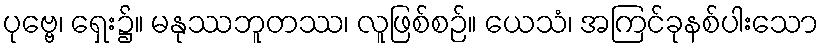
ပုဗ္ဗေ၊ ရှေး၌။ မနုဿဘူတဿ၊ လူဖြစ်စဉ်။ ယေသံ၊ အကြင်ခုနစ်ပါးသော